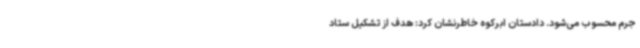
جرم محسوب می‌شود. دادستان ابرکوه خاطرنشان کرد: هدف از تشکیل ستاد